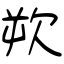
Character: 欮